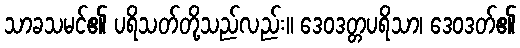
သာခသမင်၏ ပရိသတ်တို့သည်လည်း။ ဒေဝဒတ္တပရိသာ၊ ဒေဝဒတ်၏